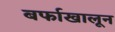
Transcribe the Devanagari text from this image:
बर्फाखालून